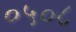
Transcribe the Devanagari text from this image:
०५०८